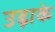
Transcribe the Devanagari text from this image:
उढ़ाके